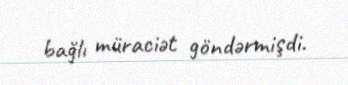
bağlı müraciət göndərmişdi.